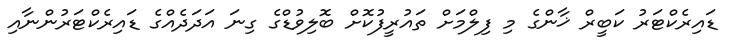
ޑައިރެކްޓަރު ކަބީރް ޚާންގެ މި ފިލްމަށް ތައުރީފުކޮށް ބޮލިވުޑްގެ ގިނަ އަދަދެއްގެ ޑައިރެކްޓަރުންނާއި